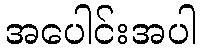
အပေါင်းအပါ